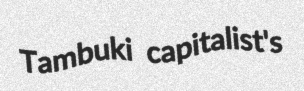
Tambuki capitalist's